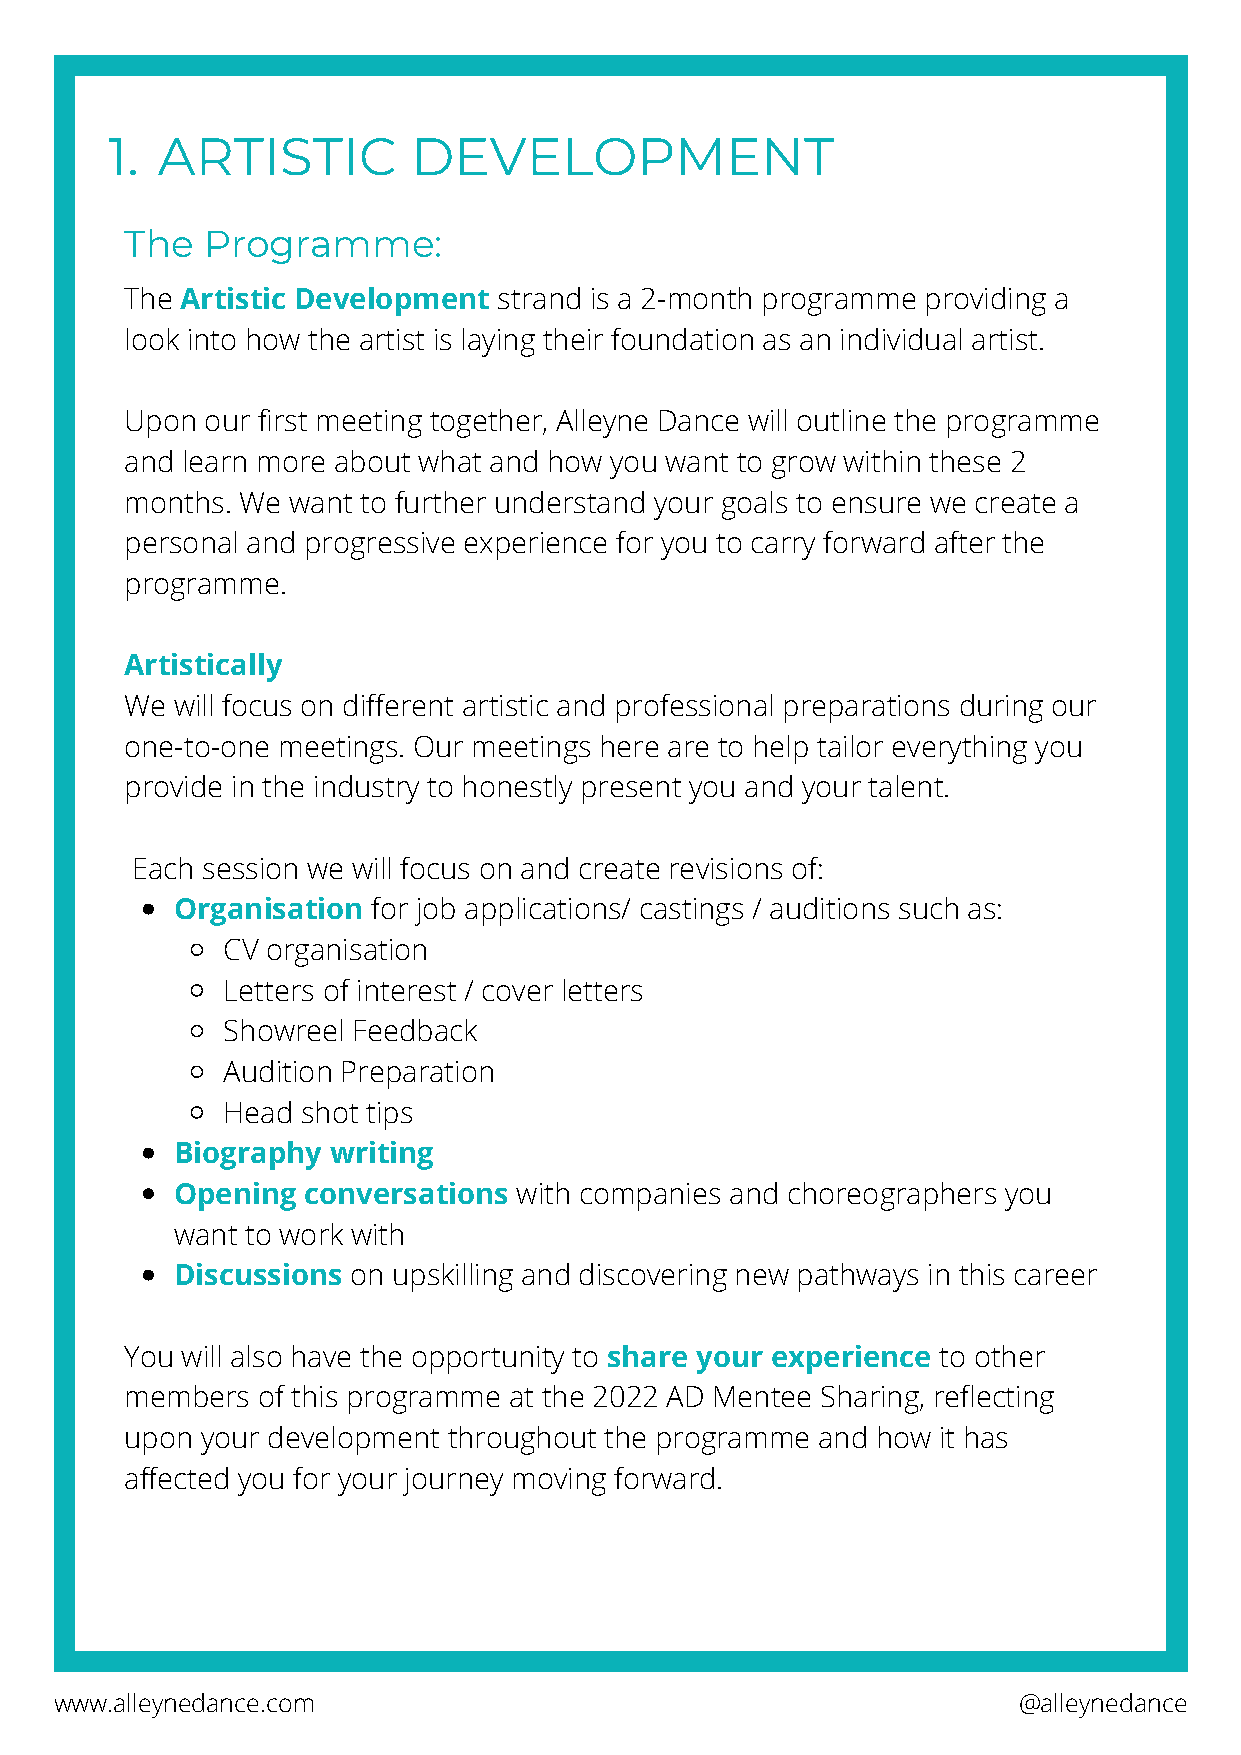
1. ARTISTIC         DEVELOPMENT
 The  Programme:
 The Artistic Development strand is a 2-month programme providing a
 look into how the artist is laying their foundation as an individual artist.
 Upon  our first meeting together, Alleyne Dance will outline the programme
 and learn more about what and how you want to grow within these 2
 months. We want to further understand your goals to ensure we create a
 personal and progressive experience for you to carry forward after the
 programme.
 Artistically
 We  will focus on different artistic and professional preparations during our
 one-to-one meetings. Our meetings here are to help tailor everything you
 provide in the industry to honestly present you and your talent.
 Each session we will focus on and create revisions of:
 Organisation for job applications/ castings / auditions such as:
 CV organisation
 Letters of interest / cover letters
 Showreel Feedback
 Audition Preparation
 Head shot tips
 Biography writing
 Opening conversations with companies and choreographers you
 want to work with
 Discussions on upskilling and discovering new pathways in this career
 You will also have the opportunity to share your experience to other
 members  of this programme at the 2022 AD Mentee Sharing, reflecting
 upon your development throughout the programme and how it has
 affected you for your journey moving forward.
 www.alleynedance.com                                           @alleynedance